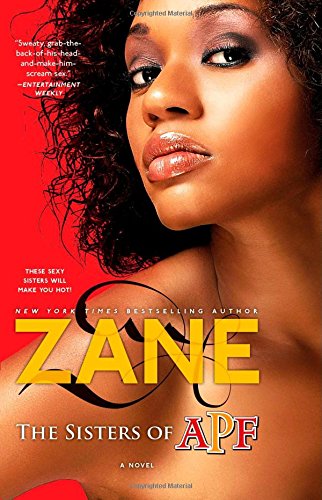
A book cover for The Sisters of APF: The Indoctrination of Soror Ride Dick; Zane; Romance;